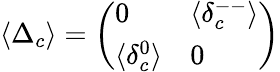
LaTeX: \left<\Delta_{c}\right>=\left(\begin{array}{ll}{{0}}&{{\langle\delta_{c}^{--}\rangle}}\\ {{\langle\delta_{c}^{0}\rangle}}&{{0}}\end{array}\right)